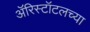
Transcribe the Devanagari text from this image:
ॲरिस्टॉटलच्या